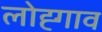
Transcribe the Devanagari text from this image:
लोह्गाव